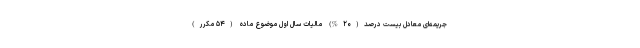
جریمه‌ای معادل بیست درصد(۲۰%) مالیات سال اول موضوع ماده (۵۴ مکرر)